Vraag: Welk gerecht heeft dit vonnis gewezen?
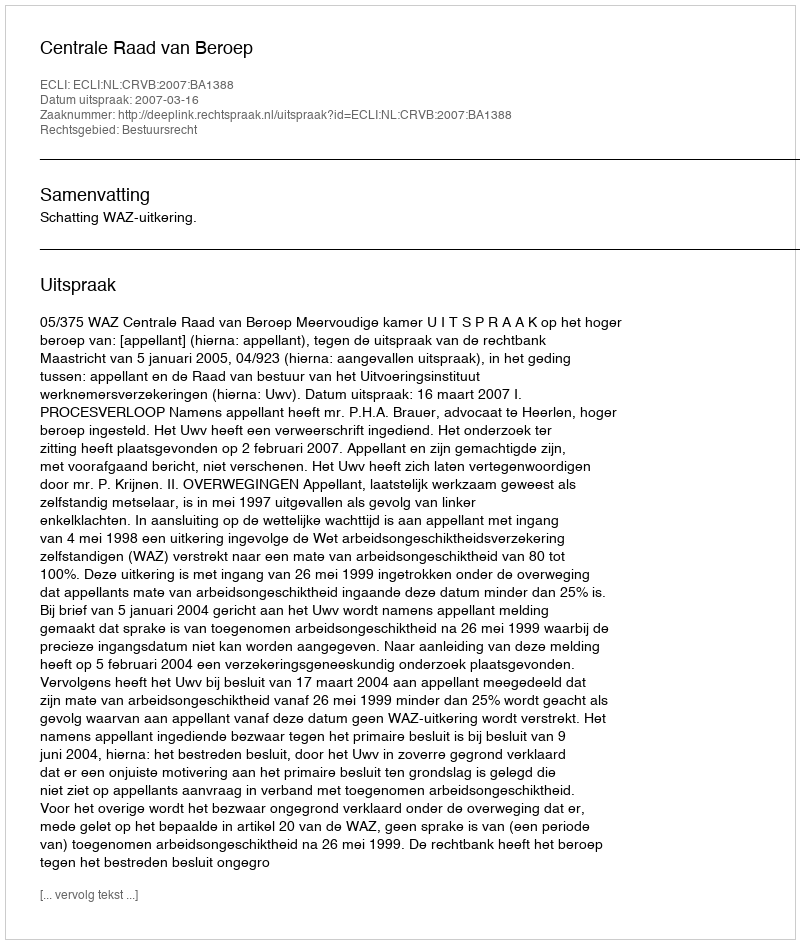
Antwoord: Centrale Raad van Beroep